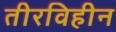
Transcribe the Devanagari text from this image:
तीरविहीन